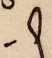
- 9